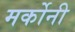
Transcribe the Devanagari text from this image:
मर्कोनी